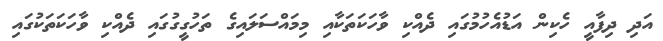
އަދި ދިފާއީ ހެކިން އަޑުއެހުމުގައި ދެއްކި ވާހަކަތަކާއި މިމައްސަލައިގެ ތަހުގީގުގައި ދެއްކި ވާހަކަތަކުގައި